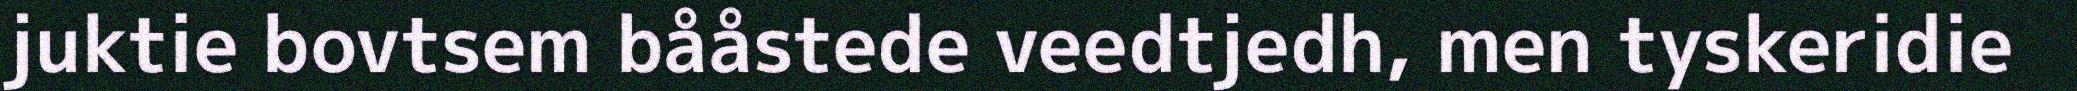
juktie bovtsem bååstede veedtjedh, men tyskeridie